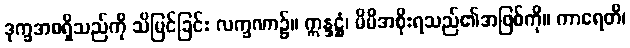
ဒုက္ခအစရှိသည်ကို သိမြင်ခြင်း လက္ခဏာ၌။ ဣန္ဒဋ္ဌံ၊ မိမိအစိုးရသည်၏အဖြစ်ကို။ ကာရေတိ၊